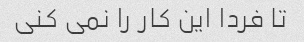
تا فردا این کار را نمی کنی